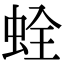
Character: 𧊲